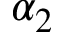
\alpha _ { 2 }